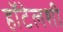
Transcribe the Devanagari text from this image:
हॉटेलशी